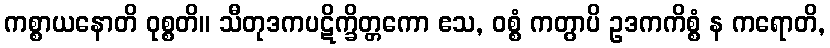
ကစ္စာယနောတိ ဝုစ္စတိ။ သီတုဒကပဋိက္ခိတ္တကော ဧသ, ဝစ္စံ ကတွာပိ ဥဒကကိစ္စံ န ကရောတိ,